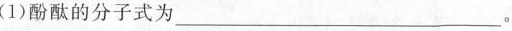
(1)酚酞的分子式为___。